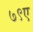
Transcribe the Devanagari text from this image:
७९ए